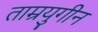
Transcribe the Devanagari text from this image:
ताम्रयुगीन